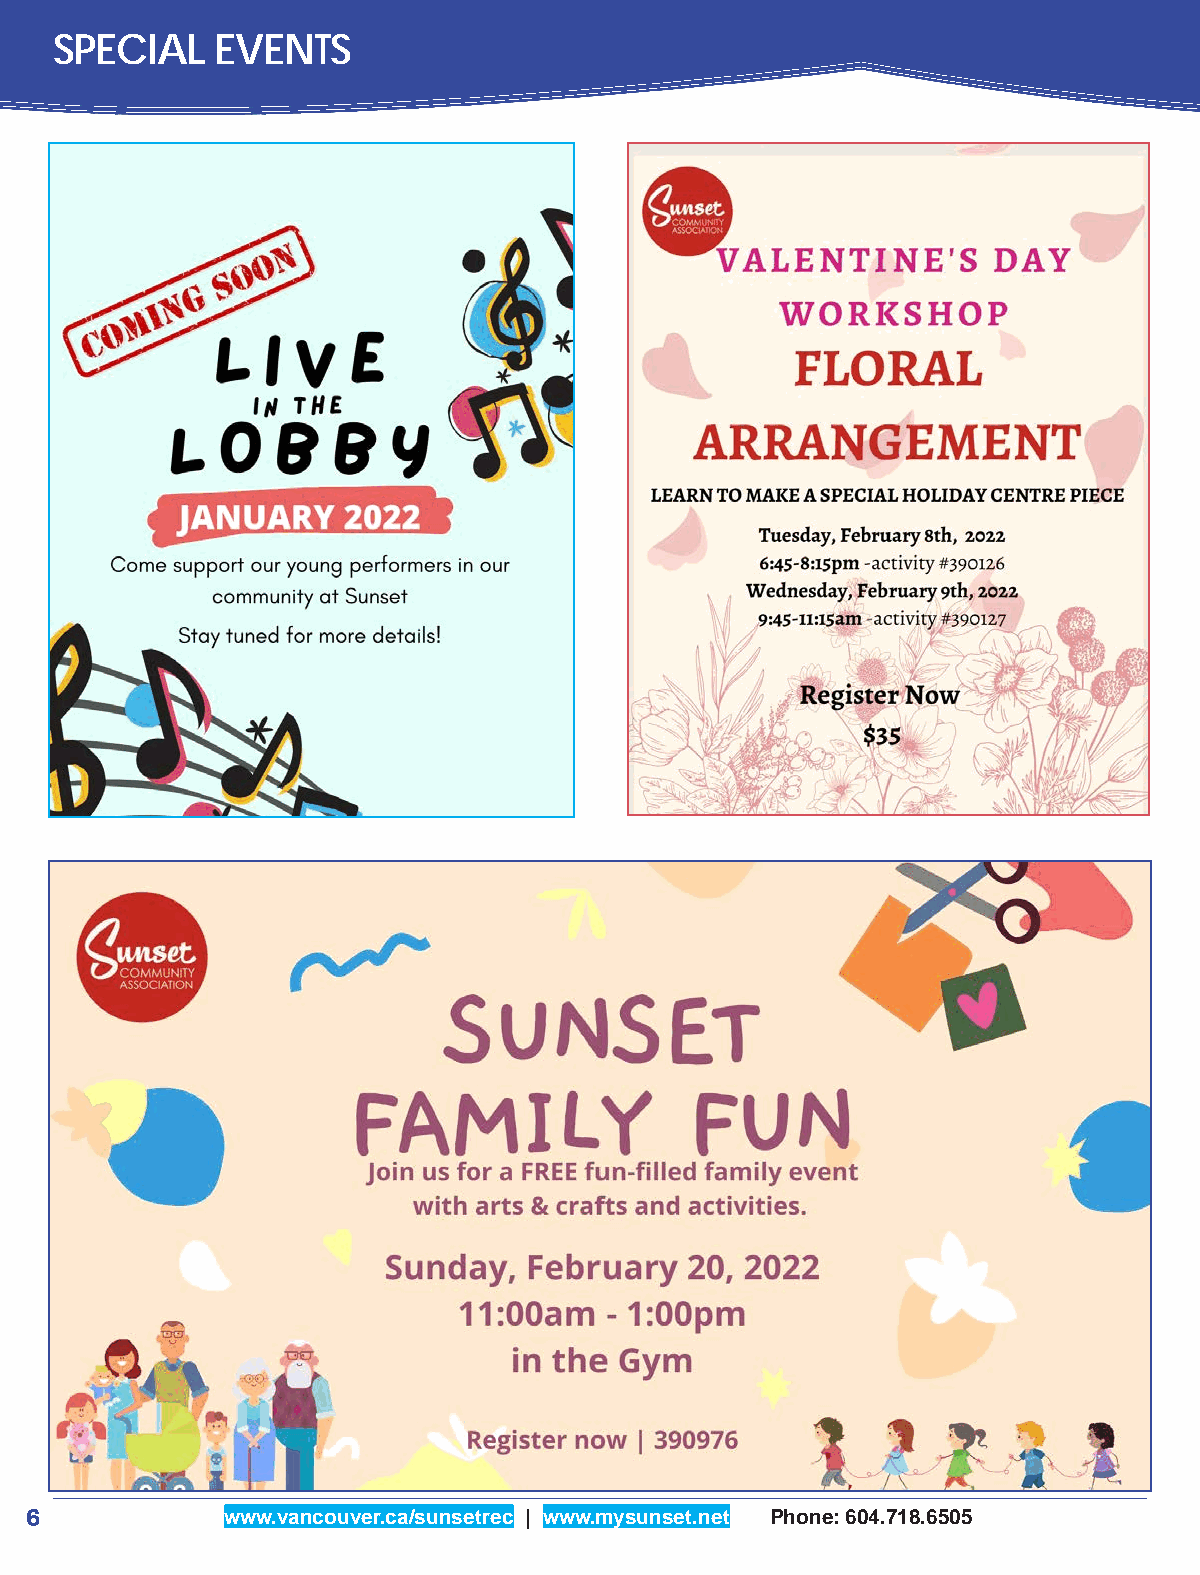
SPECIAL    EVENTS
 6            www.vancouver.ca/sunsetrec | www.mysunset.net Phone: 604.718.6505